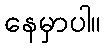
နေမှာပါ။